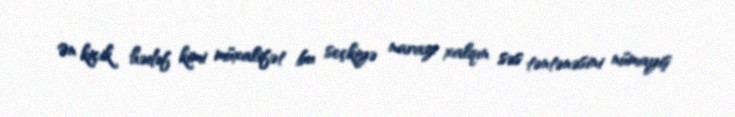
Ən kiçik hədəf kimi müxalifət bu seçkiyə narazı xalqın səs təntənəsini nümayiş